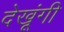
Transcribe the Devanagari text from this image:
देखूंगी